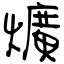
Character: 爌